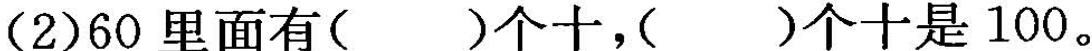
(2)60里面有( )个十，( )个十是100。